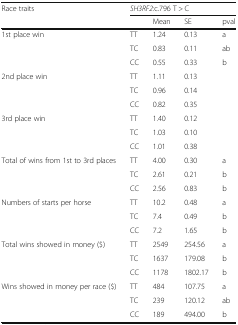
<table><thead><tr><td rowspan="2"><b>Race traits</b></td><td colspan="4"><b><i>SH3RF2:</i>c.796 T &gt; C</b></td></tr><tr><td></td><td><b>Mean</b></td><td><b>SE</b></td><td><b>pval</b></td></tr></thead><tbody><tr><td rowspan="3">1st place win</td><td>TT</td><td>1.24</td><td>0.13</td><td>a</td></tr><tr><td>TC</td><td>0.83</td><td>0.11</td><td>ab</td></tr><tr><td>CC</td><td>0.55</td><td>0.33</td><td>b</td></tr><tr><td rowspan="3">2nd place win</td><td>TT</td><td>1.11</td><td>0.13</td><td></td></tr><tr><td>TC</td><td>0.96</td><td>0.14</td><td></td></tr><tr><td>CC</td><td>0.82</td><td>0.35</td><td></td></tr><tr><td rowspan="3">3rd place win</td><td>TT</td><td>1.40</td><td>0.12</td><td></td></tr><tr><td>TC</td><td>1.03</td><td>0.10</td><td></td></tr><tr><td>CC</td><td>1.01</td><td>0.38</td><td></td></tr><tr><td rowspan="3">Total of wins from 1st to 3rd places</td><td>TT</td><td>4.00</td><td>0.30</td><td>a</td></tr><tr><td>TC</td><td>2.61</td><td>0.21</td><td>b</td></tr><tr><td>CC</td><td>2.56</td><td>0.83</td><td>b</td></tr><tr><td rowspan="3">Numbers of starts per horse</td><td>TT</td><td>10.2</td><td>0.48</td><td>a</td></tr><tr><td>TC</td><td>7.4</td><td>0.49</td><td>b</td></tr><tr><td>CC</td><td>7.2</td><td>1.65</td><td>b</td></tr><tr><td rowspan="3">Total wins showed in money ($)</td><td>TT</td><td>2549</td><td>254.56</td><td>a</td></tr><tr><td>TC</td><td>1637</td><td>179.08</td><td>b</td></tr><tr><td>CC</td><td>1178</td><td>1802.17</td><td>b</td></tr><tr><td rowspan="3">Wins showed in money per race ($)</td><td>TT</td><td>484</td><td>107.75</td><td>a</td></tr><tr><td>TC</td><td>239</td><td>120.12</td><td>ab</td></tr><tr><td>CC</td><td>189</td><td>494.00</td><td>b</td></tr></tbody></table>